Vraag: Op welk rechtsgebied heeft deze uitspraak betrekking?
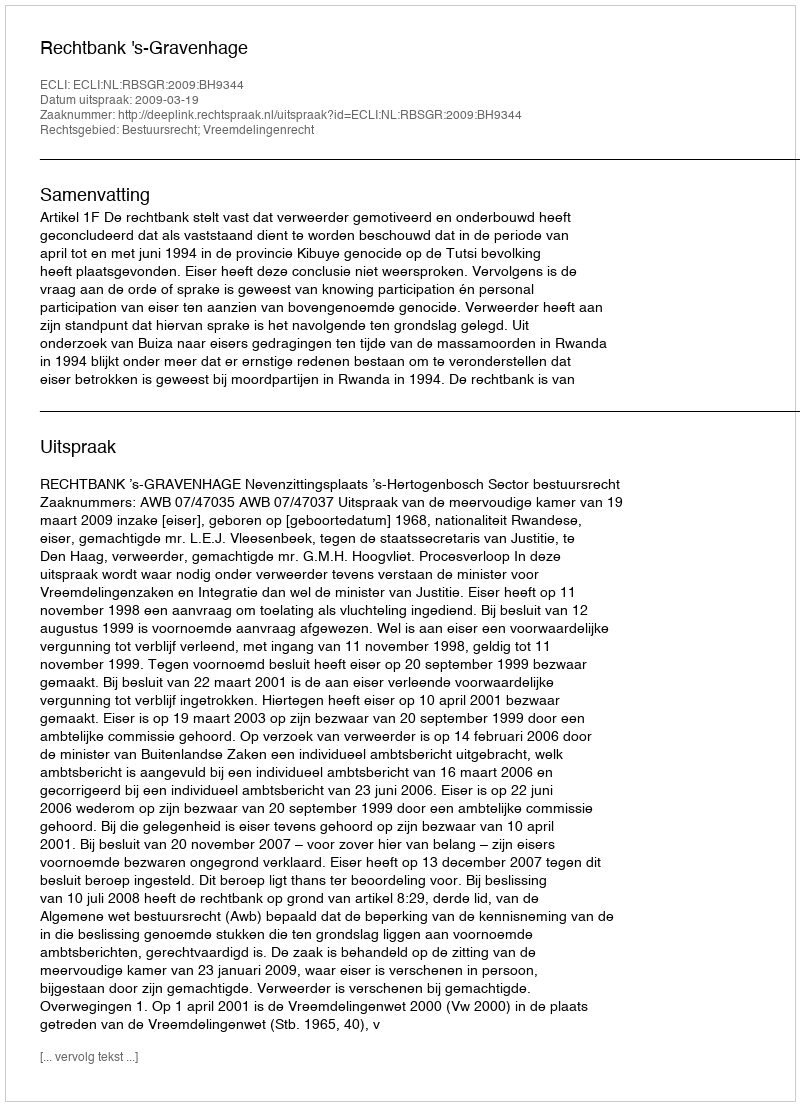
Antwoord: Bestuursrecht; Vreemdelingenrecht